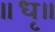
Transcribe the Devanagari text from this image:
॥धृ॥